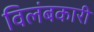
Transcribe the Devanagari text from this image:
विलंबकारी